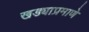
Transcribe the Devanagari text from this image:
खड्याप्रमाणे